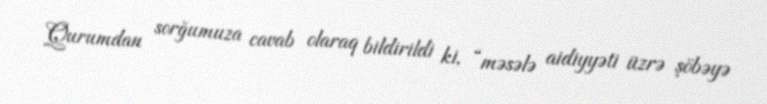
Qurumdan sorğumuza cavab olaraq bildirildi ki, “məsələ aidiyyəti üzrə şöbəyə